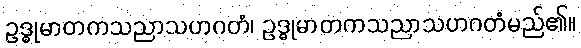
ဥဒ္ဓုမာတကသညာသဟဂတံ၊ ဥဒ္ဓုမာတကသညာသဟဂတံမည်၏။